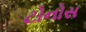
ટોનોસ